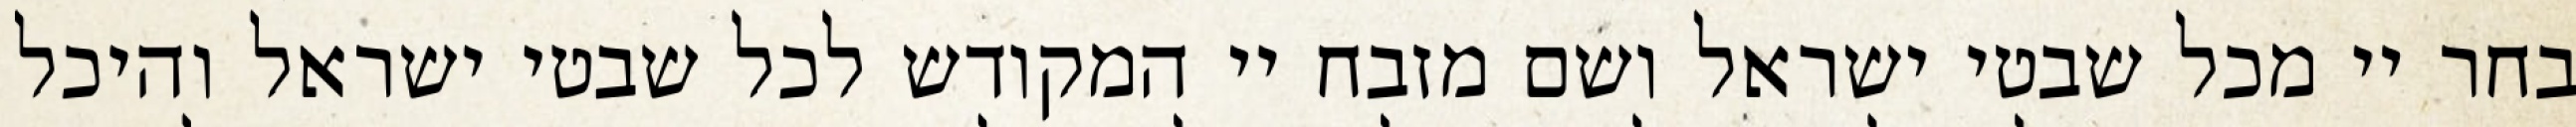
בחר יי מכל שבטי ישראל ושם מזבח יי המקודש לכל שבטי ישראל והיכל